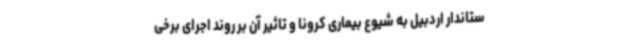
ستاندار اردبیل به شیوع بیماری کرونا و تاثیر آن بر روند اجرای برخی